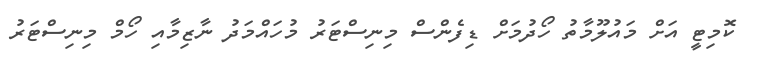
ކޮމިޓީ އަށް މައުލޫމާތު ހޯދުމަށް ޑިފެންސް މިނިސްޓަރު މުހައްމަދު ނާޒިމާއި ހޯމް މިނިސްޓަރު